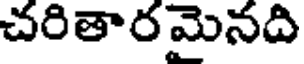
చరితారమైనది